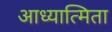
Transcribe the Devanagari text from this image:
आध्यात्मिता